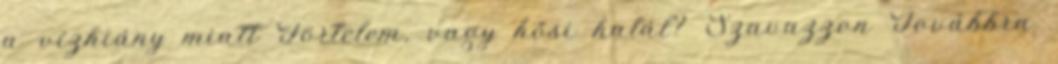
a vízhiány miatt Förtelem, vagy hősi halál? Szavazzon Továbbra